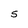
Character: S